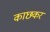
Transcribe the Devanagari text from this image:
काछकर